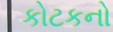
કોટકનો